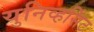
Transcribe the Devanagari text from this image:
युनिव्हर्सिट